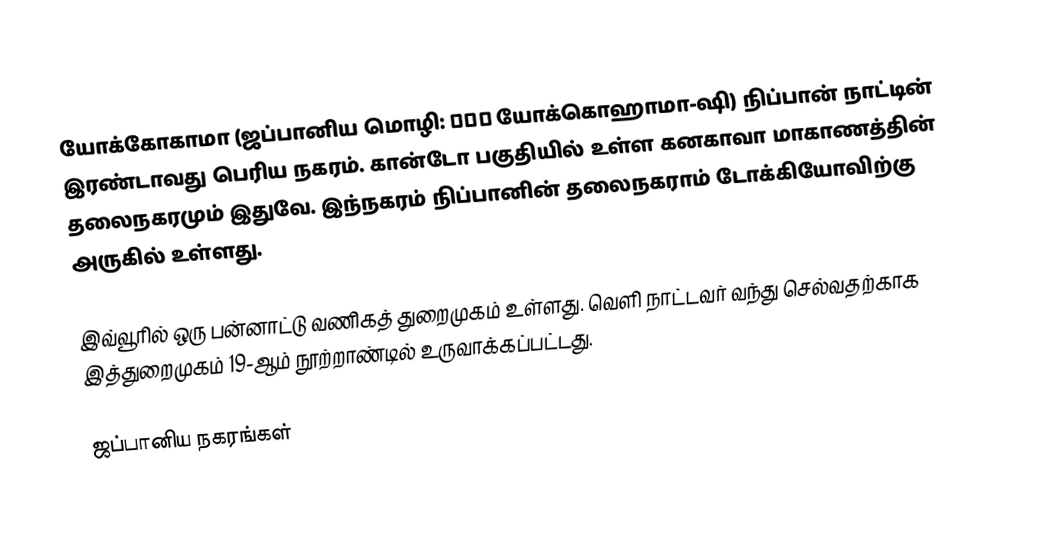
யோக்கோகாமா (ஜப்பானிய மொழி: 横浜市 யோக்கொஹாமா-ஷி) நிப்பான் நாட்டின் இரண்டாவது பெரிய நகரம். கான்டோ பகுதியில் உள்ள கனகாவா மாகாணத்தின் தலைநகரமும் இதுவே. இந்நகரம் நிப்பானின் தலைநகராம் டோக்கியோவிற்கு அருகில் உள்ளது.

இவ்வூரில் ஒரு பன்னாட்டு வணிகத் துறைமுகம் உள்ளது. வெளி நாட்டவர் வந்து செல்வதற்காக இத்துறைமுகம் 19-ஆம் நூற்றாண்டில் உருவாக்கப்பட்டது.

ஜப்பானிய நகரங்கள்